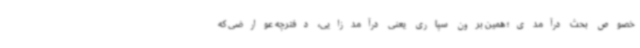
خصوص بحث درآمدی؛ همین برون سپاری یعنی درآمدزایی، دفترچه عوارضی که